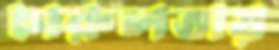
চারুলতায়